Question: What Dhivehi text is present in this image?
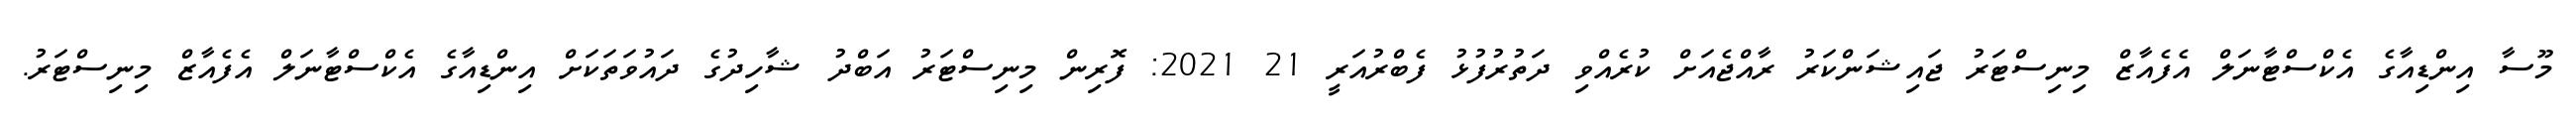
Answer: މޫސާ އިންޑިއާގެ އެކްސްޓާނަލް އެފެއާޒް މިނިސްޓަރު ޖައިޝަންކަރު ރާއްޖެއަށް ކުރެއްވި ދަތުރުފުޅު ފެބްރުއަރީ 21 2021: ފޮރިން މިނިސްޓަރު އަބްދު ޝާހިދުގެ ދައުވަތަކަށް އިންޑިއާގެ އެކްސްޓާނަލް އެފެއާޒް މިނިސްޓަރު.